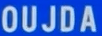
OUJDA